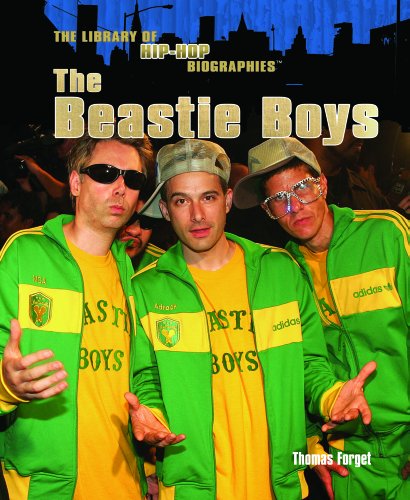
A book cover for The Beastie Boys (The Library of Hip Hop Biographies); Thomas Forget; Teen & Young Adult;